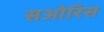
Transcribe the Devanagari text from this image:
सओरिस